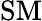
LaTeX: \mathrm{SM}